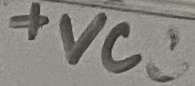
Text: +VCC